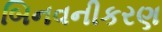
બિનવનીકરણ